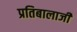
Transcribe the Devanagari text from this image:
प्रतिबालाजी